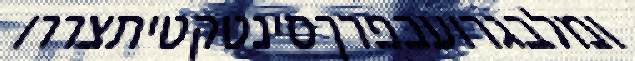
ומלבגרועכפרךסינטקטיתצררו